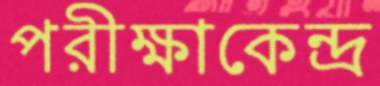
পরীক্ষাকেন্দ্র